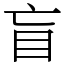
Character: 盲